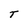
Character: T